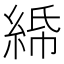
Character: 𦀦